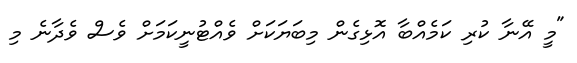
"މީ އޭނާ ކުރި ކަމެއްބާ އޮޅިގެން މިބަޔަކަށް ވެއްޓުނީކަމަށް ވެސް ވެދާނެ މި